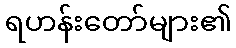
ရဟန်းတော်များ၏